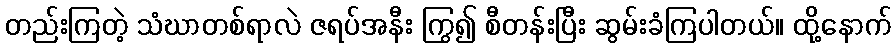
တည်းကြတဲ့ သံဃာတစ်ရာလဲ ဇရပ်အနီး ကြွ၍ စီတန်းပြီး ဆွမ်းခံကြပါတယ်။ ထို့နောက်